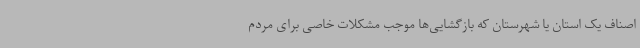
اصناف یک استان یا شهرستان که بازگشایی‌ها موجب مشکلات خاصی برای مردم